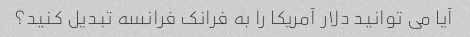
آیا می توانید دلار آمریکا را به فرانک فرانسه تبدیل کنید؟